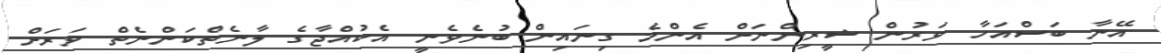
އޭނާ ބަސްއަހާ ވަރުން ޝީރިންނަށް އެންމެ ގިނައިން ބުނެވެނީ އެކުއްޖާގެ ލާނެތްކަންނެތް ވަރަށް